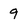
Character: 9